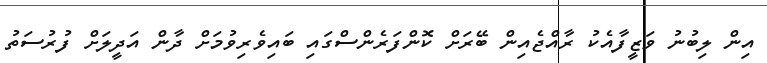
އިން ލިބުނު ވަޒީފާއެކު ރާއްޖެއިން ބޭރަށް ކޮންފަރެންސްގައި ބައިވެރިވުމަށް ދާން އަދީލަށް ފުރުސަތު